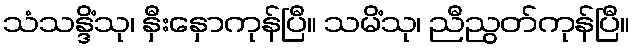
သံသန္ဒိံသု၊ နှီးနှောကုန်ပြီ။ သမိံသု၊ ညီညွတ်ကုန်ပြီ။